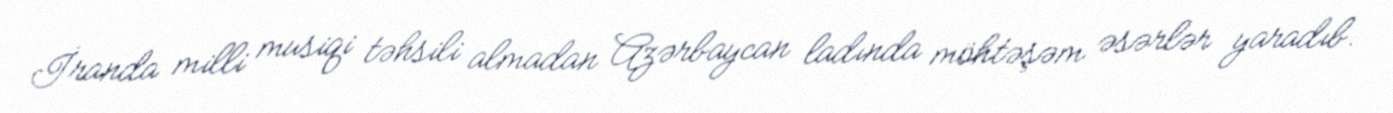
İranda milli musiqi təhsili almadan Azərbaycan ladında möhtəşəm əsərlər yaradıb.